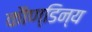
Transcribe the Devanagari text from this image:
कौण्डिन्य